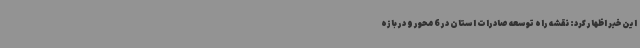
این خبر اظهار کرد: نقشه راه توسعه صادرات استان در 6 محور و در بازه